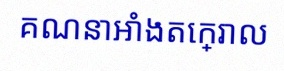
គណនាអាំងតេក្រាល